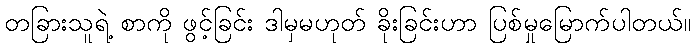
တခြားသူရဲ့ စာကို ဖွင့်ခြင်း ဒါမှမဟုတ် ခိုးခြင်းဟာ ပြစ်မှုမြောက်ပါတယ်။